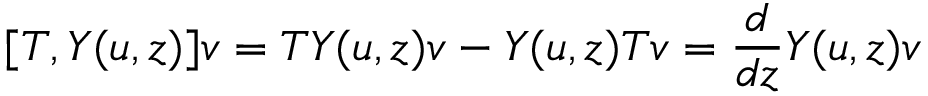
[ T , Y ( u , z ) ] v = T Y ( u , z ) v - Y ( u , z ) T v = { \frac { d } { d z } } Y ( u , z ) v